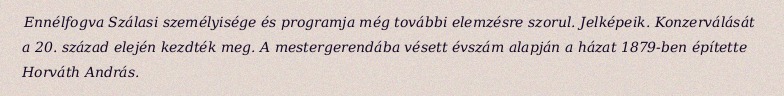
Ennélfogva Szálasi személyisége és programja még további elemzésre szorul. Jelképeik. Konzerválását a 20. század elején kezdték meg. A mestergerendába vésett évszám alapján a házat 1879-ben építette Horváth András.